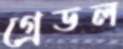
গ্রেডল